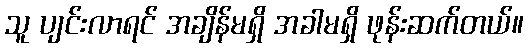
သူ ပျင်းလာရင် အချိန်မရှိ အခါမရှိ ဖုန်းဆက်တယ်။